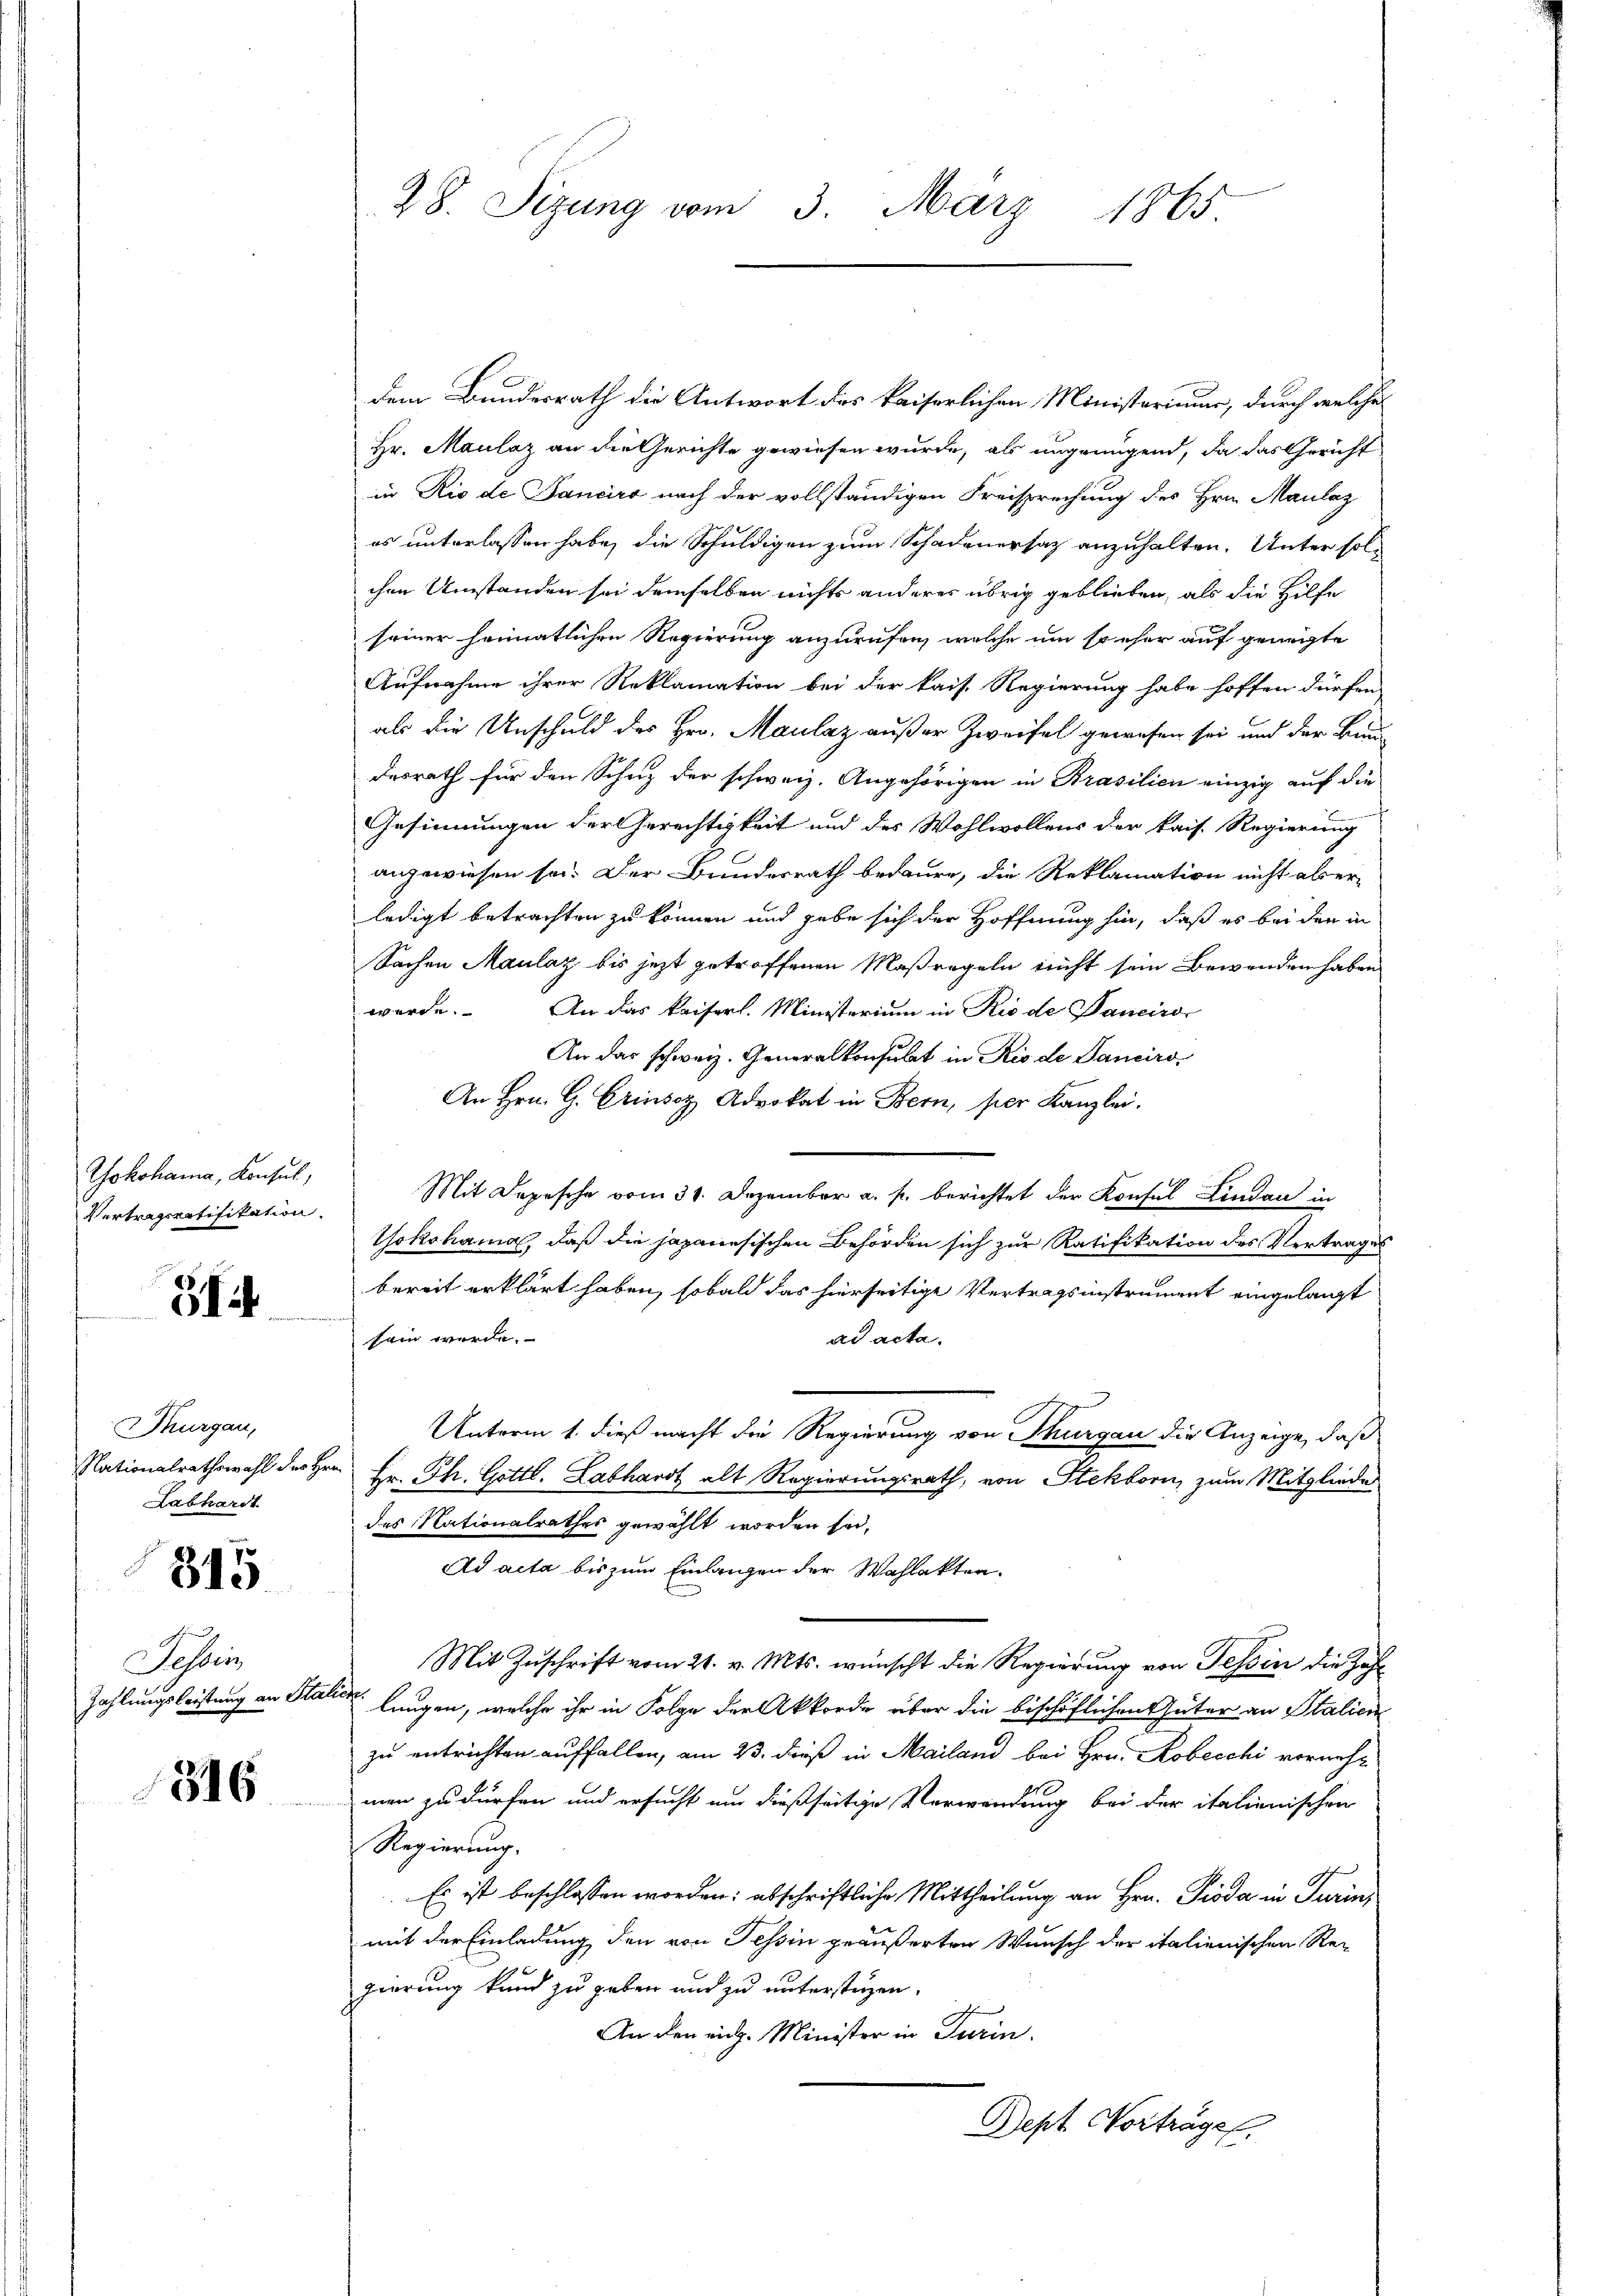
Jokohama, Konsul,
Vertragsratifikation.

31

Thurgau,
Labhardt.
315

Jasser

1316

28. Sizung vom 3. März 1865

dem Bundesrath die Antwort des kaiserlichen Ministerium, durch welche
Hr. Maulaz an die Gerichte gewiesen wurde, als ungringend, da das Gericht
in Rio de Tanciro nach der vollständigen Freisprechung des Hrn. Maulaz
es unterlassen habe, die Schuldigen zum Schadenersatz anzuhalten. Unter solchen Umstanden sei demselben nichts anderes übrig geblieben, als die Hilfe
seiner heimatlichen Regierung anzurufen, welche um so eher auf geneigte
Aufnahme ihrer Reklamation bei der kais. Regierung habe hoffen dürfen
als die Unschuld des Hrn. Maulaz außer Zweifel gewesen sei und der Bau-
desrath für den Schuz der schweiz. Angehörigen in Prasilien einzig auf die
Gesinnungen der Gerechtigkeit und des Wohlwollens der kais. Regierung
angewiesen sei. Der Bundesrath bedaure, die Reklamation nicht aber-
ledigt betrachten zu können und habe sich der Hoffnung hin, daß es bei den in
Sachen Maulaz bis jezt getroffenen Maßregeln nicht sein Bewenden haben
werde. An das kaiserl. Ministerium in Rio de Banciro-
An das schweiz. Generalkonsulat in Rio de Sanciro¬
An Hrn. G. Crisoz Advokat in Bern, per Kanzlei.
Mit Depesche vom 31. Dezember a. p. berichtet der Konsul Lindau in
Yokohama, daß die japanesischen Behörden sich zur Ratifikation des Vertrages
bereit erklärt haben, sobald das hierseitige Vertragsinstrument eingelangt
sein werde.
ad acta.
Unterm 1. dieß macht die Regierung von Thurgau die Anzeige, daß
Nationalrathswahl des Herr Hr. Ph. Gottl. Labhardt alt Regierungsrath, von Stekborn, zum Mitgliede
des Nationalrathes gewählt worden sei,
Ad acta bis zum Einlangen der Wahlakten.
Mit Zuschrift vom 21. v. Mts. wünscht die Regierung von Tessin die Zah¬
Zahlungsleistung an Station langen, welche ihr in Folge der Akkorde über die bischöflichen Güter an Stalien
zu entrichten auffallen, am 23. dieß in Mailand bei Hrn. Kobecchi vornehmen zu dürfen und ersucht um dießseitige Verwendung bei der italienischen
Regierung.
Es ist beschlossen worden; abschriftliche Mittheilung an Hrn. Pioda in Turin,
mit der Einladung den von Tessin geäußerten Wunsch der italienischen Re-
gierung kund zu geben und zu unterstüzen.
An den mich. Minister in Turin.
Dept Vorträge.